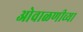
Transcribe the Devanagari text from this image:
ओवाळणीच्या